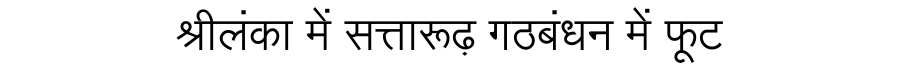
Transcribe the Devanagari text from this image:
श्रीलंका में सत्तारूढ़ गठबंधन में फूट